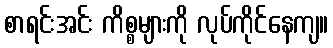
စာရင်းအင်း ကိစ္စများကို လုပ်ကိုင်နေကျ။